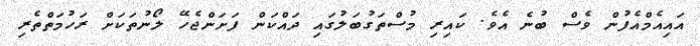
އައިއެމްއެފުން ވެސް ބުނެ އެވެ. ކައިރި މުސްތަގުބަލުގައި ދައްކަން ފަށަންޖެހޭ ލޯނުތަކަށް ރަހުމަތްތެރި